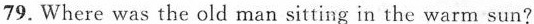
79. Where was the old man sitting in the warm sun?